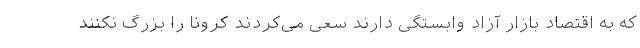
که به اقتصاد بازار آزاد وابستگی دارند سعی می‌کردند کرونا را بزرگ نکنند